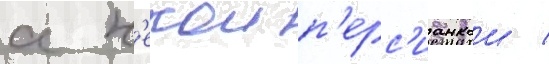
с н'екои п'ерс'ианкои /